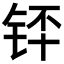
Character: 𬭃